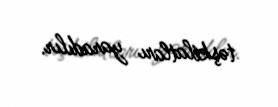
təşkilatları yaradılır.